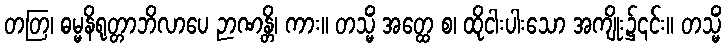
တတြ၊ ဓမ္မနိရုတ္တာဘိလာပေ ဉာဏန္တိ၊ ကား။ တသ္မိံ အတ္ထေ စ၊ ထိုငါးပါးသော အကျိုး၌၎င်း။ တသ္မိံ